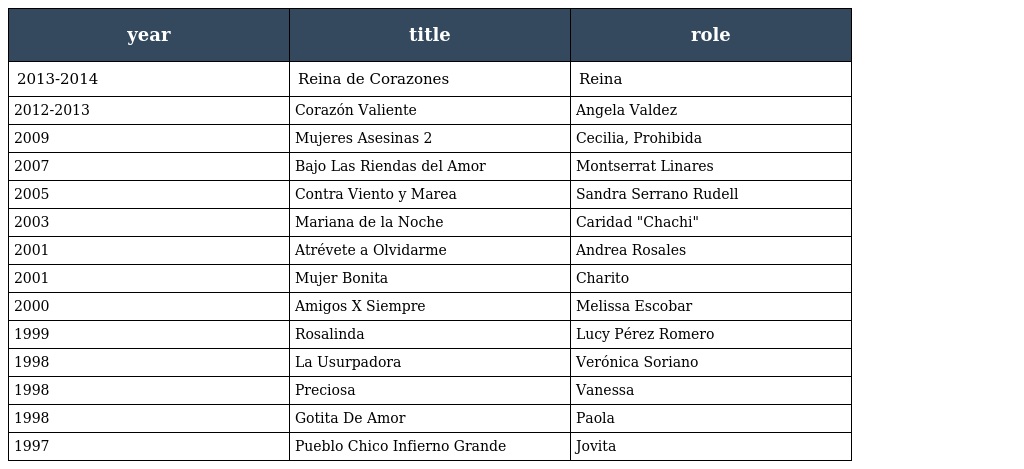
| year | title | role |
 | --- | --- | --- |
 | 2013-2014 | Reina de Corazones | Reina |
 | 2012-2013 | Corazón Valiente | Angela Valdez |
 | 2009 | Mujeres Asesinas 2 | Cecilia, Prohibida |
 | 2007 | Bajo Las Riendas del Amor | Montserrat Linares |
 | 2005 | Contra Viento y Marea | Sandra Serrano Rudell |
 | 2003 | Mariana de la Noche | Caridad "Chachi" |
 | 2001 | Atrévete a Olvidarme | Andrea Rosales |
 | 2001 | Mujer Bonita | Charito |
 | 2000 | Amigos X Siempre | Melissa Escobar |
 | 1999 | Rosalinda | Lucy Pérez Romero |
 | 1998 | La Usurpadora | Verónica Soriano |
 | 1998 | Preciosa | Vanessa |
 | 1998 | Gotita De Amor | Paola |
 | 1997 | Pueblo Chico Infierno Grande | Jovita |